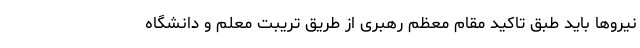
نیروها باید طبق تاکید مقام معظم رهبری از طریق تریبت معلم و دانشگاه